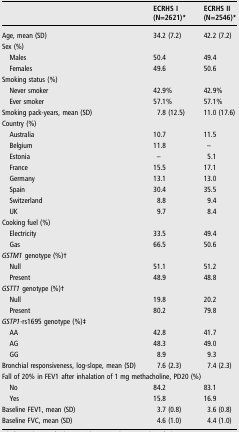
<table><thead><tr><td></td><td><b>ECRHS I (N=2621)*</b></td><td><b>ECRHS II (N=2546)*</b></td></tr></thead><tbody><tr><td>Age, mean (SD)</td><td>34.2 (7.2)</td><td>42.2 (7.2)</td></tr><tr><td colspan="3">Sex (%)</td></tr><tr><td> Males</td><td>50.4</td><td>49.4</td></tr><tr><td> Females</td><td>49.6</td><td>50.6</td></tr><tr><td colspan="3">Smoking status (%)</td></tr><tr><td> Never smoker</td><td>42.9%</td><td>42.9%</td></tr><tr><td> Ever smoker</td><td>57.1%</td><td>57.1%</td></tr><tr><td>Smoking pack-years, mean (SD)</td><td>7.8 (12.5)</td><td>11.0 (17.6)</td></tr><tr><td colspan="3">Country (%)</td></tr><tr><td> Australia</td><td>10.7</td><td>11.5</td></tr><tr><td> Belgium</td><td>11.8</td><td>–</td></tr><tr><td> Estonia</td><td>–</td><td>5.1</td></tr><tr><td> France</td><td>15.5</td><td>17.1</td></tr><tr><td> Germany</td><td>13.1</td><td>13.0</td></tr><tr><td> Spain</td><td>30.4</td><td>35.5</td></tr><tr><td> Switzerland</td><td>8.8</td><td>9.4</td></tr><tr><td> UK</td><td>9.7</td><td>8.4</td></tr><tr><td colspan="3">Cooking fuel (%)</td></tr><tr><td> Electricity</td><td>33.5</td><td>49.4</td></tr><tr><td> Gas</td><td>66.5</td><td>50.6</td></tr><tr><td colspan="3"><i>GSTM1</i> genotype (%)†</td></tr><tr><td> Null</td><td>51.1</td><td>51.2</td></tr><tr><td> Present</td><td>48.9</td><td>48.8</td></tr><tr><td colspan="3"><i>GSTT1</i> genotype (%)†</td></tr><tr><td> Null</td><td>19.8</td><td>20.2</td></tr><tr><td> Present</td><td>80.2</td><td>79.8</td></tr><tr><td colspan="3"><i>GSTP1</i>-rs1695 genotype (%)‡</td></tr><tr><td> AA</td><td>42.8</td><td>41.7</td></tr><tr><td> AG</td><td>48.3</td><td>49.0</td></tr><tr><td> GG</td><td>8.9</td><td>9.3</td></tr><tr><td>Bronchial responsiveness, log-slope, mean (SD)</td><td>7.6 (2.3)</td><td>7.4 (2.3)</td></tr><tr><td colspan="3">Fall of 20% in FEV1 after inhalation of 1 mg methacholine, PD20 (%)</td></tr><tr><td> No</td><td>84.2</td><td>83.1</td></tr><tr><td> Yes</td><td>15.8</td><td>16.9</td></tr><tr><td>Baseline FEV1, mean (SD)</td><td>3.7 (0.8)</td><td>3.6 (0.8)</td></tr><tr><td>Baseline FVC, mean (SD)</td><td>4.6 (1.0)</td><td>4.4 (1.0)</td></tr></tbody></table>